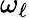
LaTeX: \omega_{\ell}